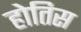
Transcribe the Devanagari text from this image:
होतिस